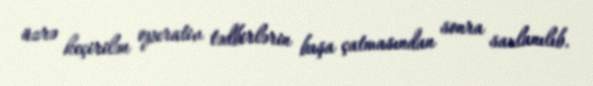
üzrə keçirilən operativ tədbirlərin başa çatmasından sonra saxlanılıb.